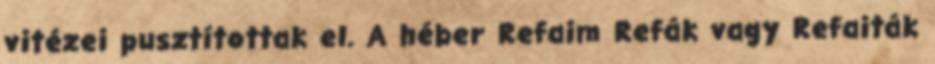
vitézei pusztítottak el. A héber Refaim Refák vagy Refaiták